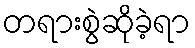
တရားစွဲဆိုခဲ့ရာ